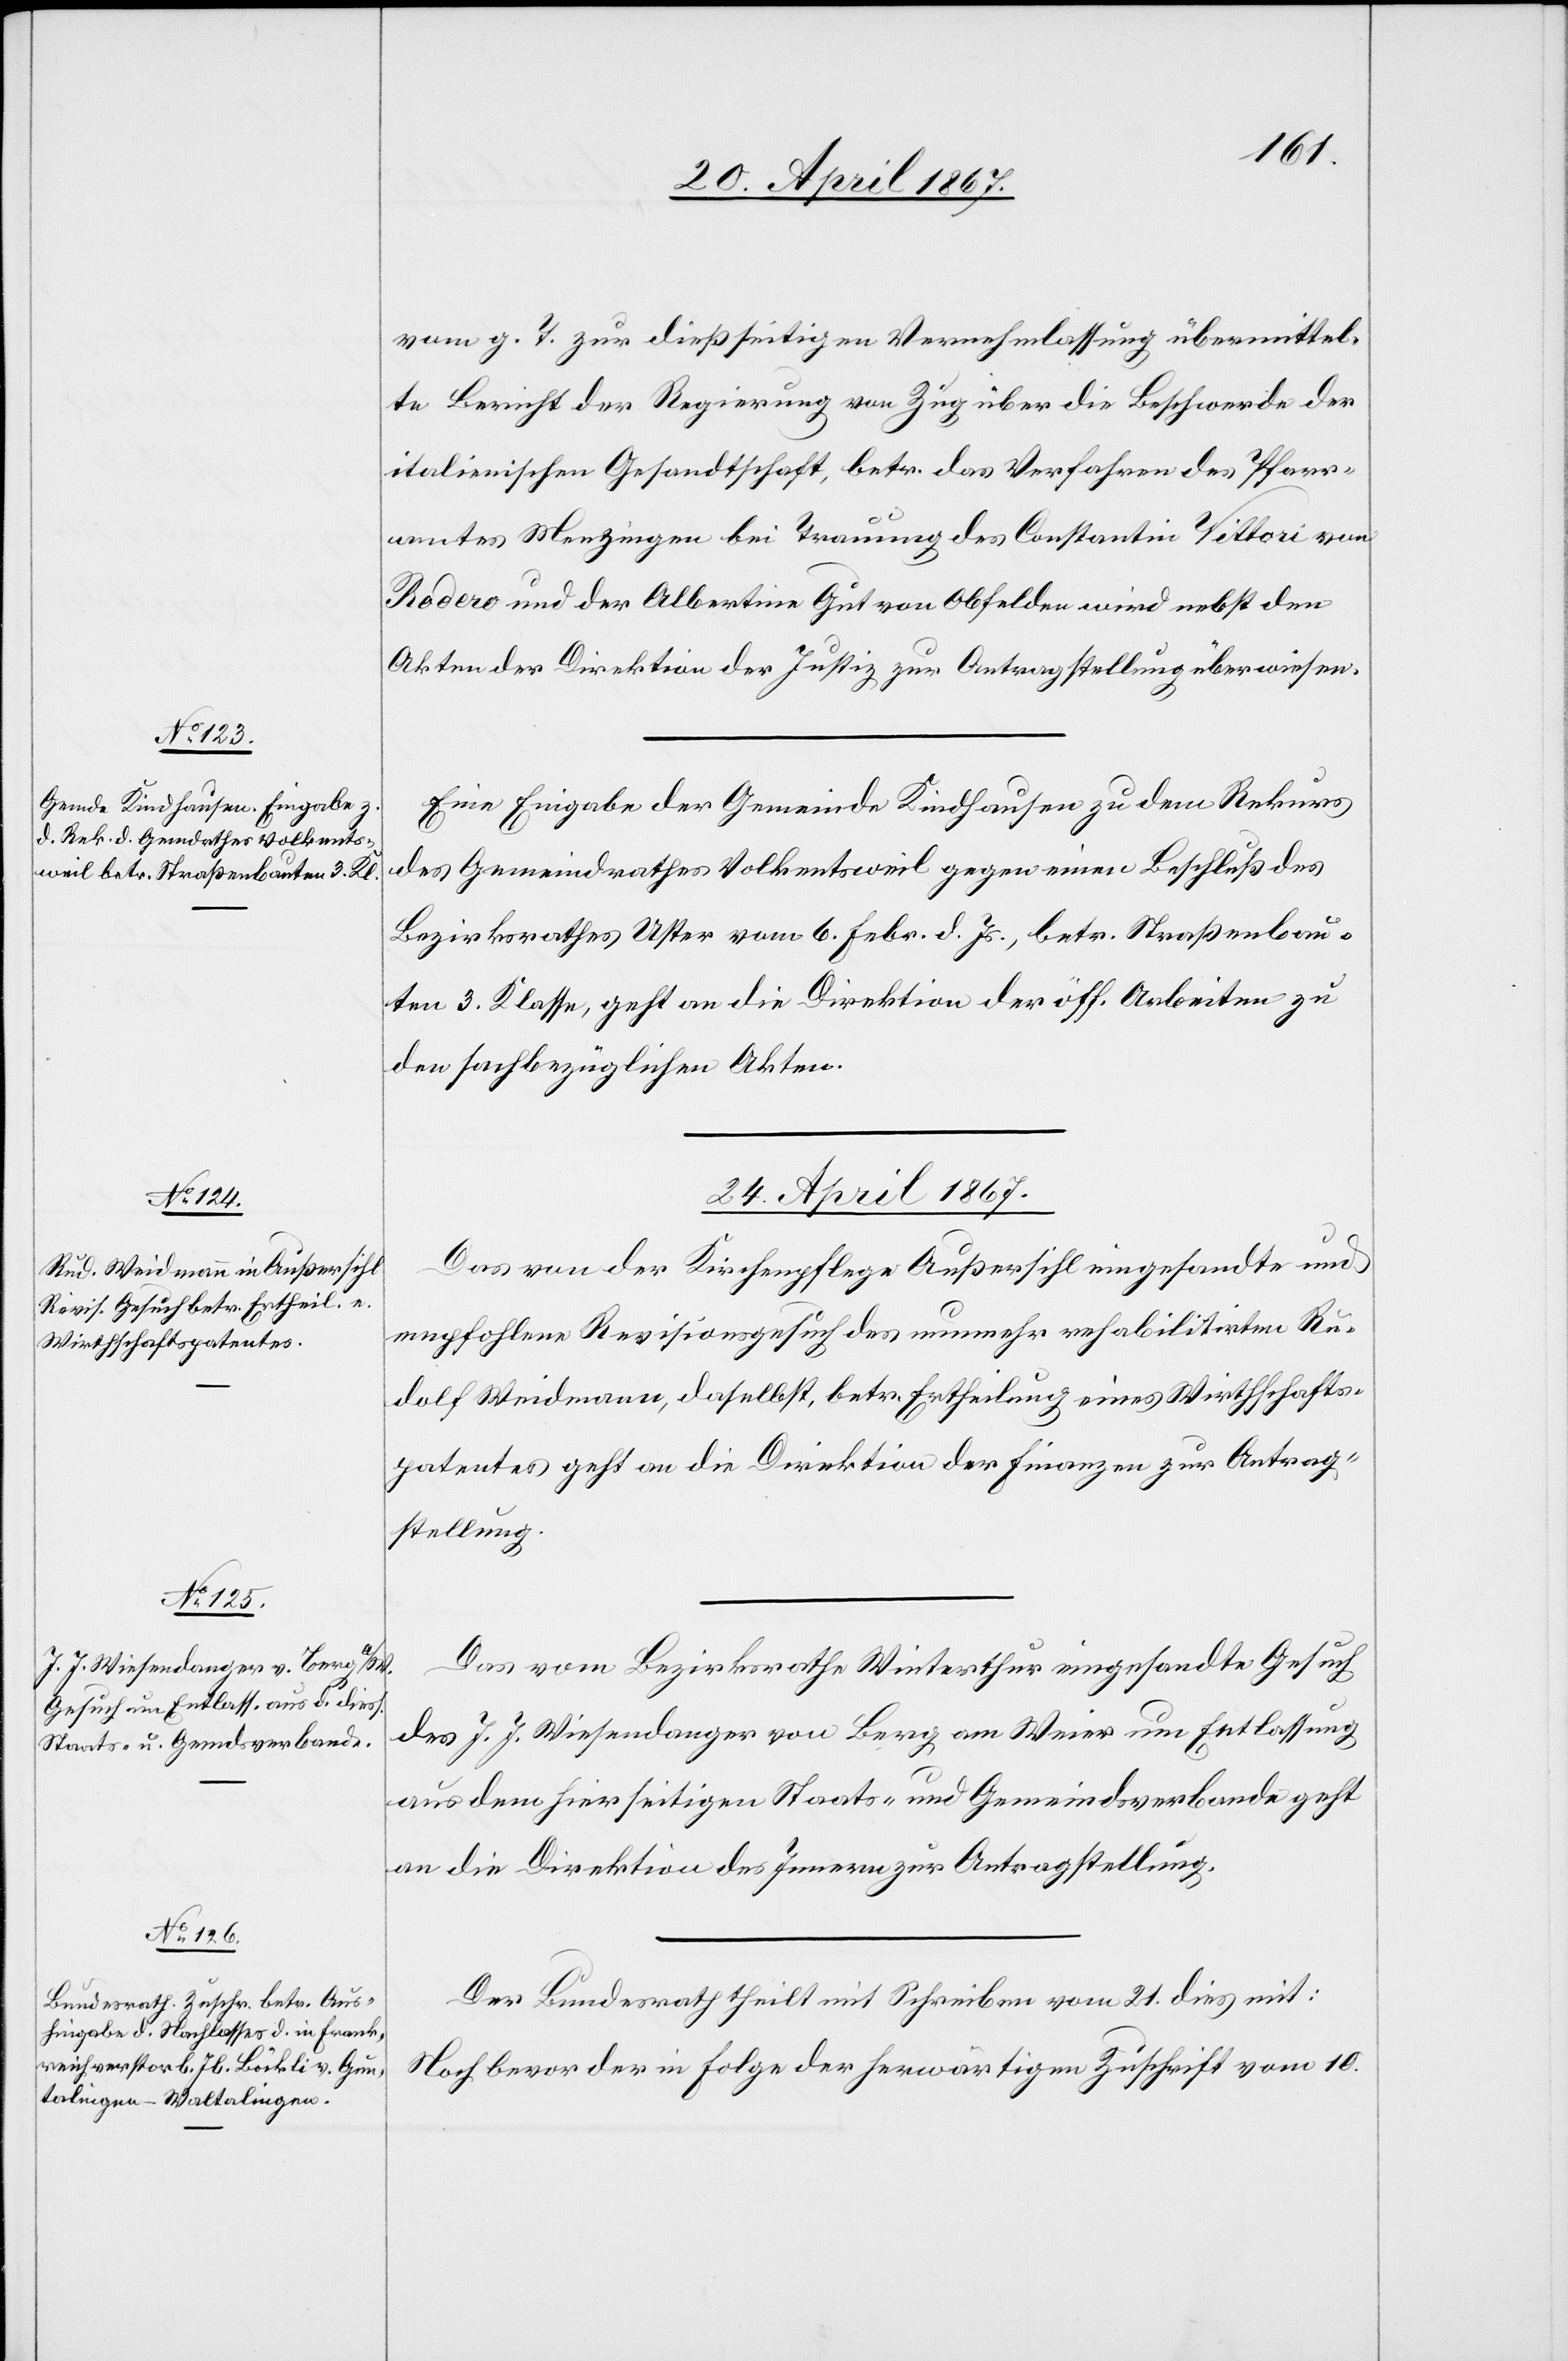
23. April 1867.]
vom g. T. zur dießseitigen Vernehmlassung übermittel¬
te Bericht der Regierung von Zug über die Beschwerde der
italienischen Gesandtschaft, betr. das Verfahren des Pfarr¬
amtes Menzingen bei Trauung des Constantin Vittori von
Rodero und der Albertine Gut von Obfelden wird nebst den
Akten der Direktion der Justiz zur Antragstellung überwiesen.
Eine Eingabe der Gemeinde Kindhausen zu dem Rekurs
des Gemeindrathes Volkentsweil gegen einen Beschluß des
Bezirksrathes Uster vom 6. Febr. d. Js. betr. Straßenbau¬
ten 3. Klasse, geht an die Direktion der öff. Arbeiten zu
den sachbezüglichen Akten.
24. April 1867.]
Das von der Kirchenpflege Außersihl eingesandte und
empfohlene Revisionsgesuch des nunmehr rehabilitirten Ru¬
dolf Weidmann, daselbst, betr. Ertheilung eines Wirthschafts¬
patentes geht an die Direktion der Finanzen zur Antrag¬
stellung.
Das vom Bezirksrathe Winterthur eingesandte Gesuch
des J. J. Wiesendanger von Berg am Weier um Entlassung
aus dem hierseitigen Staats- und Gemeindeverbande geht
an die Direktion der Finanzen zur Antragstellung.
Der Bundesrath theilt mit Schreiben vom 21. dies mit:
Noch bevor der in Folge der herwärtigen Zuschrift vom 10.